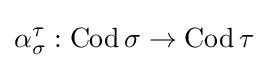
\alpha _{\sigma }^{\tau }:\operatorname {Cod} \sigma \to \operatorname {Cod} \tau